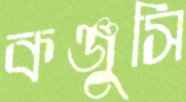
কঞ্জুসি